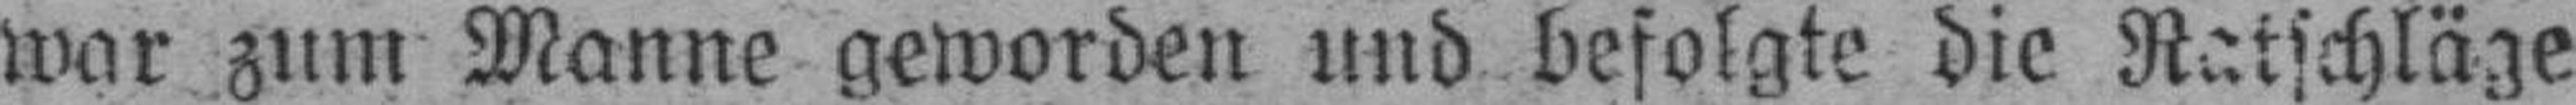
war zum Manne geworden und befolgte die Ratschläge